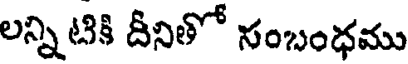
లన్ని టికి దీనితో సంబంధము